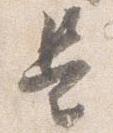
是